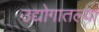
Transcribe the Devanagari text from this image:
उद्योगातल्या